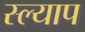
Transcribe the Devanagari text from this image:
स्ल्याप